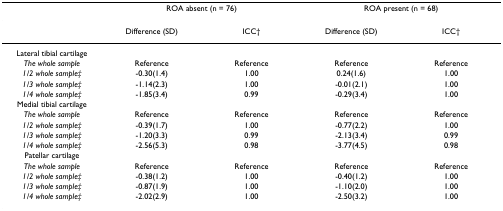
<table><thead><tr><td></td><td colspan="2"><b>ROA absent (n = 76)</b></td><td colspan="2"><b>ROA present (n = 68)</b></td></tr></thead><tbody><tr><td></td><td>Difference (SD)</td><td>ICC†</td><td>Difference (SD)</td><td>ICC†</td></tr><tr><td>Lateral tibial cartilage</td><td></td><td></td><td></td><td></td></tr><tr><td><i>The whole sample</i></td><td>Reference</td><td>Reference</td><td>Reference</td><td>Reference</td></tr><tr><td><i>1/2 whole sample‡</i></td><td>-0.30(1.4)</td><td>1.00</td><td>0.24(1.6)</td><td>1.00</td></tr><tr><td><i>1/3 whole sample‡</i></td><td>-1.14(2.3)</td><td>1.00</td><td>-0.01(2.1)</td><td>1.00</td></tr><tr><td><i>1/4 whole sample‡</i></td><td>-1.85(3.4)</td><td>0.99</td><td>-0.29(3.4)</td><td>1.00</td></tr><tr><td>Medial tibial cartilage</td><td></td><td></td><td></td><td></td></tr><tr><td><i>The whole sample</i></td><td>Reference</td><td>Reference</td><td>Reference</td><td>Reference</td></tr><tr><td><i>1/2 whole sample‡</i></td><td>-0.39(1.7)</td><td>1.00</td><td>-0.77(2.2)</td><td>1.00</td></tr><tr><td><i>1/3 whole sample‡</i></td><td>-1.20(3.3)</td><td>0.99</td><td>-2.13(3.4)</td><td>0.99</td></tr><tr><td><i>1/4 whole sample‡</i></td><td>-2.56(5.3)</td><td>0.98</td><td>-3.77(4.5)</td><td>0.98</td></tr><tr><td>Patellar cartilage</td><td></td><td></td><td></td><td></td></tr><tr><td><i>The whole sample</i></td><td>Reference</td><td>Reference</td><td>Reference</td><td>Reference</td></tr><tr><td><i>1/2 whole sample‡</i></td><td>-0.38(1.2)</td><td>1.00</td><td>-0.40(1.2)</td><td>1.00</td></tr><tr><td><i>1/3 whole sample‡</i></td><td>-0.87(1.9)</td><td>1.00</td><td>-1.10(2.0)</td><td>1.00</td></tr><tr><td><i>1/4 whole sample‡</i></td><td>-2.02(2.9)</td><td>1.00</td><td>-2.50(3.2)</td><td>1.00</td></tr></tbody></table>